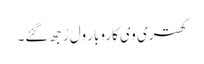
کھتری وی کاروبار ول رُجھ گئے۔